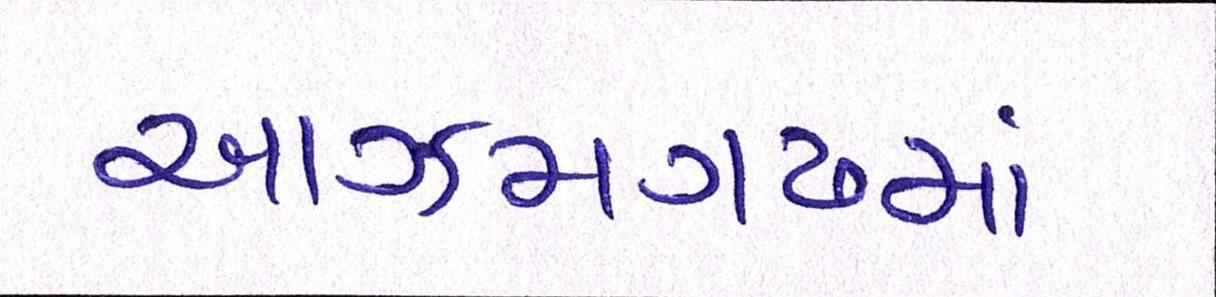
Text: આઝમગઢમાં